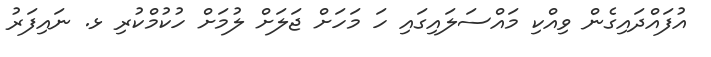
އުފައްދައިގެން ވިއްކި މައްސަލައިގައި ހަ މަހަށް ޖަލަށް ލުމަށް ހުކުމްކުރި ޅ. ނައިފަރު